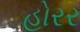
હોરર